Scottish Leaving Certificate Examination, 1955
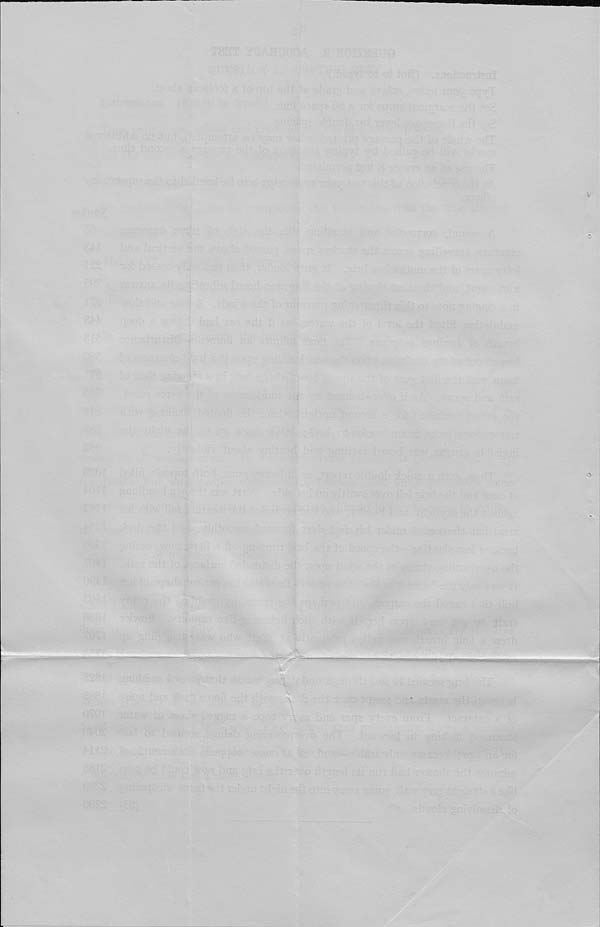
"
m, i
v ^
f v *
^
^ 4
; wm
.
.
%%£-- - - _;